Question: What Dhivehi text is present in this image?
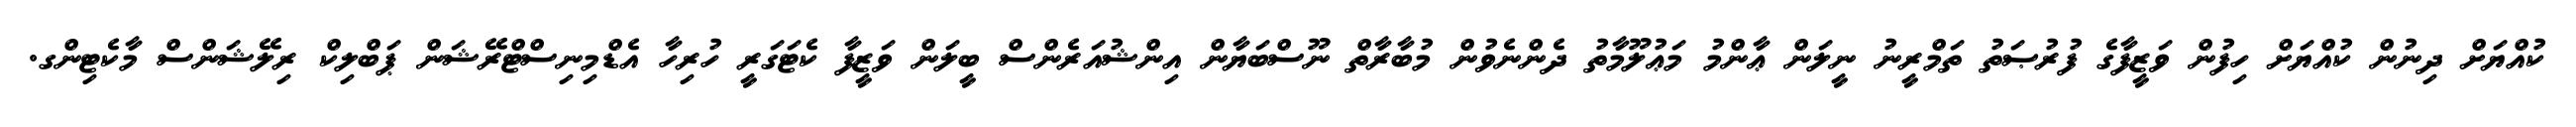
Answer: ކުއްޔަށް ދިނުން ކުއްޔަށް ހިފުން ވަޒީފާގެ ފުރުޞަތު ތަމްރީނު ނީލަން ޢާންމު މަޢުލޫމާތު ދެންނެވުން މުބާރާތް ނޫސްބަޔާން އިންޝުއަރެންސް ބީލަން ވަޒީފާ ކެޓަގަރީ ހުރިހާ އެޑްމިނިސްޓްރޭޝަން ޕަބްލިކް ރިލޭޝަންސް މާކެޓިންގ.